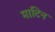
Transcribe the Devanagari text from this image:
माटिन